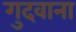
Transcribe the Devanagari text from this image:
गुदवाना